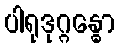
ပါရုဒုဂ္ဂန္ဓော